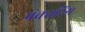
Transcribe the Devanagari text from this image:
पंक्चरिंग